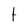
Character: t